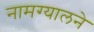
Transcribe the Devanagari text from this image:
नामग्यालने